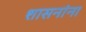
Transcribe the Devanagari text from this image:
शासनांना